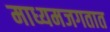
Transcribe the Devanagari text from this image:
माध्यमजगतात